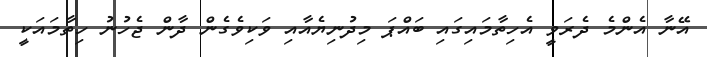
އޭނާ އެންމެ ދެރަވީ އެހިތާމައިގައި ބައްޕަ މިދުނިޔެއާއި ވަކިވެގެން ދާން ޖެހުނު ހިތާމައަކީ